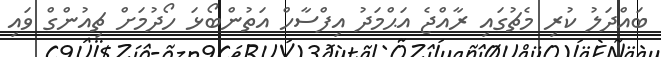
ބައްދަލު ކުރި މެޗުގައި ރާއްޖެ އަޙްމަދު އިފްސާހް އަތުންބޯޅަ ހޯދުމަށް ޗިއުންގް ވައި